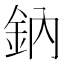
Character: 鈉